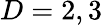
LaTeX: D=2,3